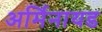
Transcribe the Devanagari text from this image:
अर्मिनायड